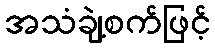
အသံချဲ့စက်ဖြင့်